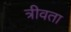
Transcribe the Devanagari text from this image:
त्रीवता